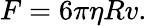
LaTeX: F=6\pi\eta Rv.